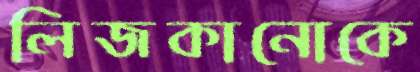
লিজকানোকে